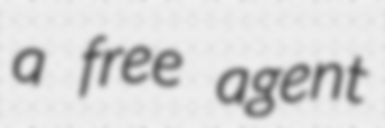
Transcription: a free agent